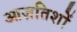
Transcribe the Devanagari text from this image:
आज़तिशों